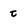
Character: t